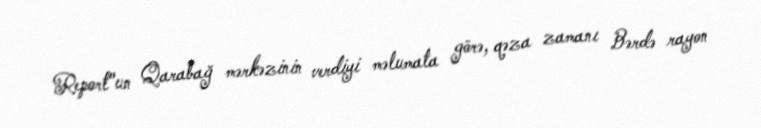
Report"un Qarabağ mərkəzinin verdiyi məlumata görə, qəza zamanı Bərdə rayon